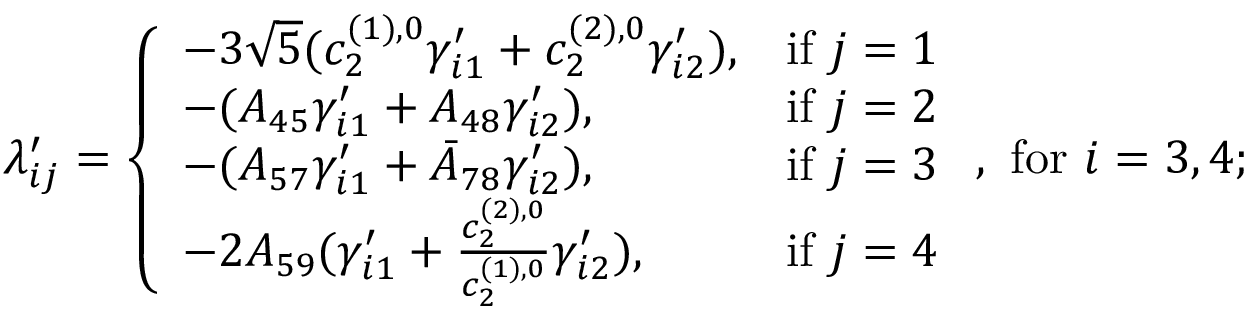
\lambda _ { i j } ^ { \prime } = \left\{ \begin{array} { l l } { - 3 \sqrt { 5 } ( c _ { 2 } ^ { ( 1 ) , 0 } \gamma _ { i 1 } ^ { \prime } + c _ { 2 } ^ { ( 2 ) , 0 } \gamma _ { i 2 } ^ { \prime } ) , } & { \mathrm { i f ~ } j = 1 } \\ { - ( A _ { 4 5 } \gamma _ { i 1 } ^ { \prime } + A _ { 4 8 } \gamma _ { i 2 } ^ { \prime } ) , } & { \mathrm { i f ~ } j = 2 } \\ { - ( A _ { 5 7 } \gamma _ { i 1 } ^ { \prime } + \bar { A } _ { 7 8 } \gamma _ { i 2 } ^ { \prime } ) , } & { \mathrm { i f ~ } j = 3 } \\ { - 2 A _ { 5 9 } ( \gamma _ { i 1 } ^ { \prime } + \frac { c _ { 2 } ^ { ( 2 ) , 0 } } { c _ { 2 } ^ { ( 1 ) , 0 } } \gamma _ { i 2 } ^ { \prime } ) , } & { \mathrm { i f ~ } j = 4 } \end{array} \right. , \mathrm { ~ f o r ~ } i = 3 , 4 ;